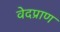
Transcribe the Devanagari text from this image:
वेदप्राण